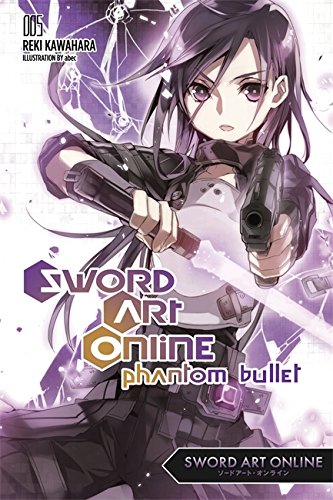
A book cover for Sword Art Online 5: Phantom Bullet; Reki Kawahara; Science Fiction & Fantasy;